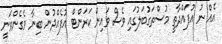
އެއް ނު އުފައްދާތީ މުސްތަގުބަލުގައި ވެސް ވައިން ކަރަންޓް އުފެއްދުން ބިނާ ވެގެންވަނީ